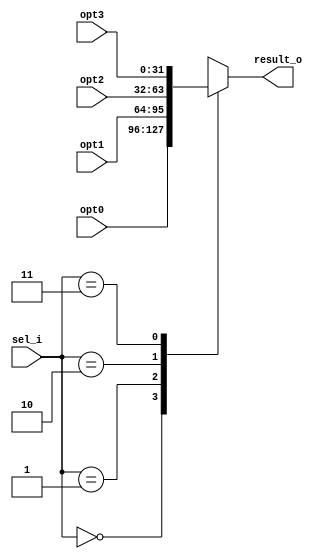
module MUX_4way(
	opt0,
	opt1,
	opt2,
	opt3,
	sel_i,
	result_o
);

input [31:0]			opt0;
input [31:0]			opt1;
input [31:0]			opt2;
input [31:0]			opt3;
input [1:0]				sel_i;
output reg [31:0]		result_o;

always @(*) begin
	case (sel_i)
		2'b00: result_o <= opt0;
		2'b01: result_o <= opt1;
		2'b10: result_o <= opt2;
		2'b11: result_o <= opt3;
	endcase
end

endmodule